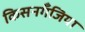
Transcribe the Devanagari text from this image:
किसनगॅँजिया